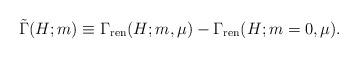
LaTeX: \begin{align*}\tilde{\Gamma}(H;m)\equiv \Gamma_{\rm ren}(H;m,\mu)-\Gamma_{\rm ren}(H;m=0,\mu).\end{align*}